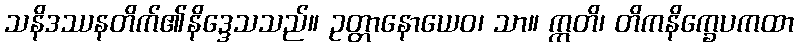
သနိဒဿနတိက်၏နိဒ္ဒေသသည်။ ဥတ္တာနောယေဝ၊ သာ။ ဣတိ၊ တိကနိက္ခေပကထာ